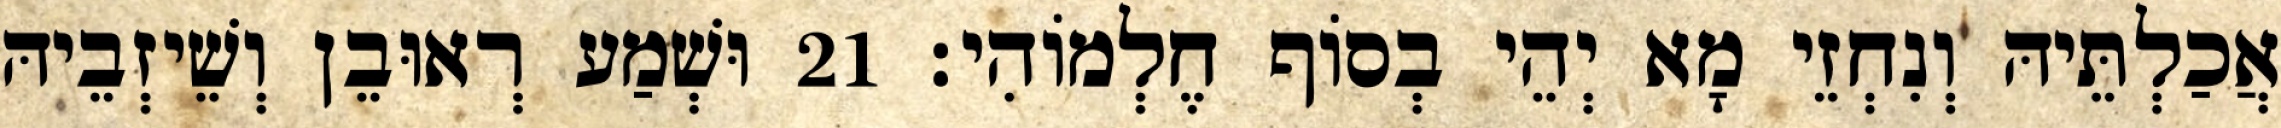
אֲכַלְתֵּיהּ וְנִחְזֵי מָא יְהֵי בְסוֹף חֶלְמוֹהִי׃ 21 וּשְׁמַע רְאוּבֵן וְשֵׁיזְבֵיהּ